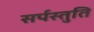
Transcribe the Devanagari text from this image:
सर्पस्तुति